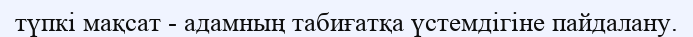
түпкі мақсат - адамның табиғатқа үстемдігіне пайдалану.